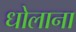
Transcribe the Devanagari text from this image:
धोलाना